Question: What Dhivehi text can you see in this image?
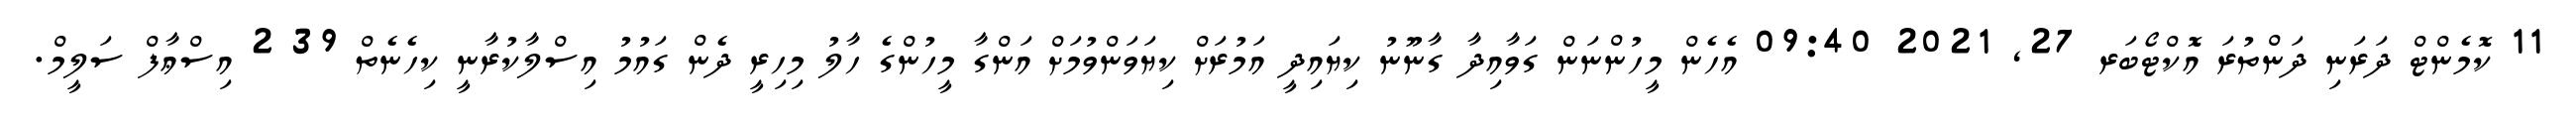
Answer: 11 ކޮމެންޓް ދަރަނި ދަންތުރަ އޮކްޓޯބަރ 27, 2021 09:40 އެހެން މީހުންނަން ގަވާއިދާ ގާނޫނު ކިޔައިދީ އަމުރަށް ކިޔަވަންވުމަށް އަންގާ މީހުންގެ ހާލު މިހިރީ ދެން ގައުމު އިސްލާކުރާނީ ކިހެނެތް 39 2 އިސްޢާފް ސަލީމް.